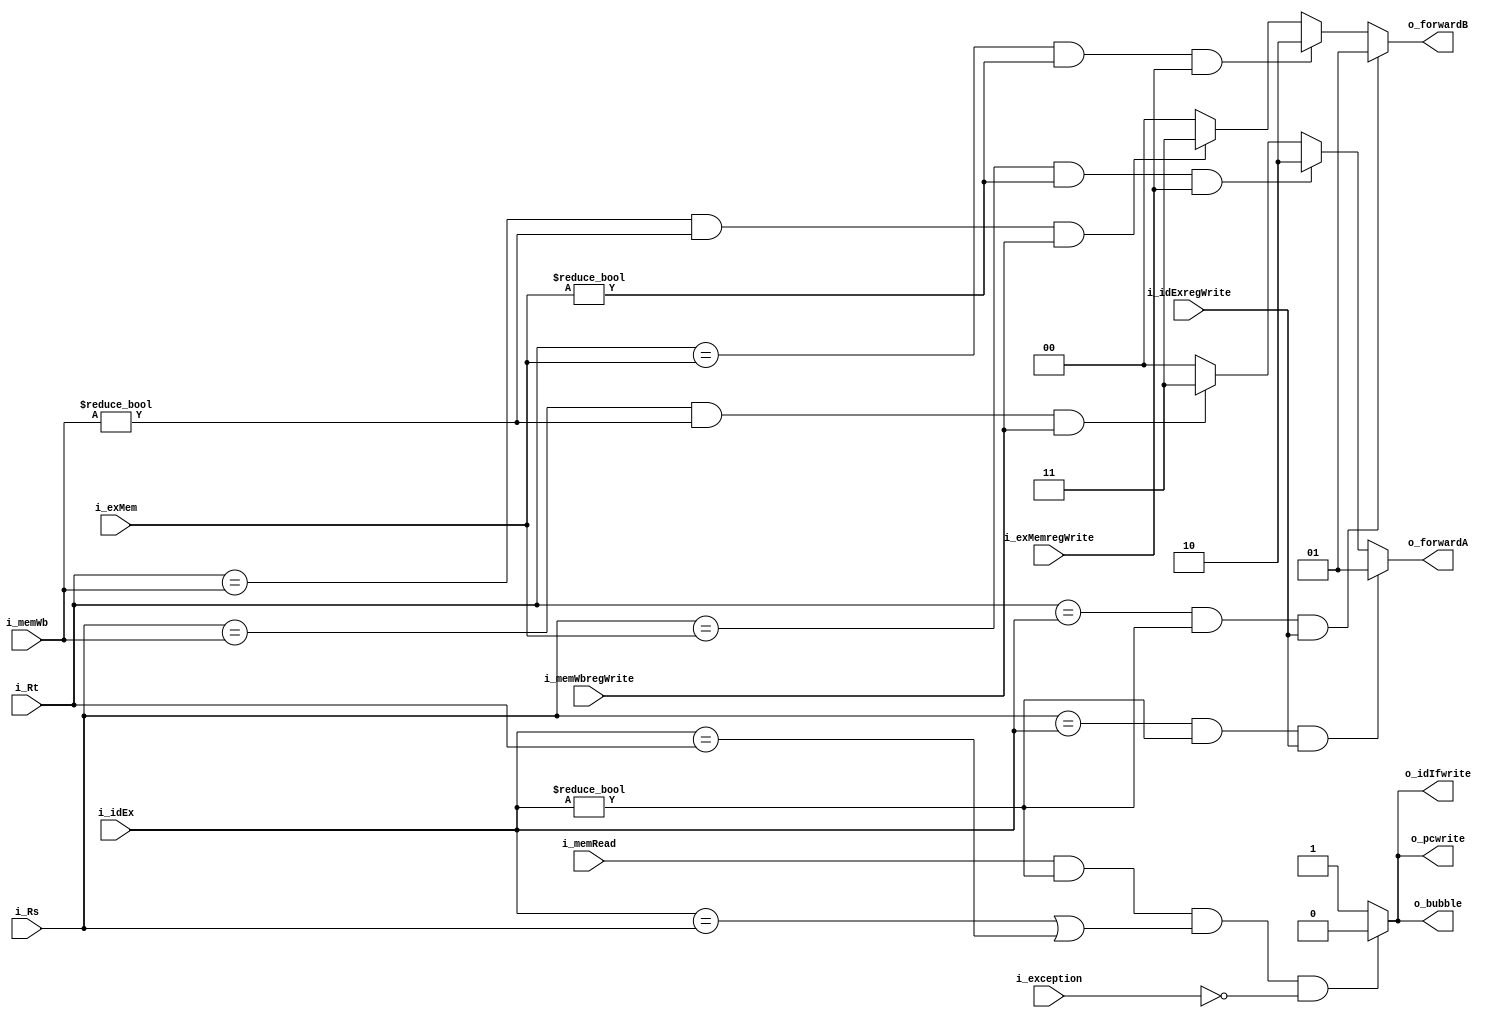
module hazard ( i_idEx, i_exMem,i_memWb, i_memRead, i_idExregWrite, i_exMemregWrite, 
                i_memWbregWrite, i_exception,
               i_Rs, i_Rt, o_forwardA, o_forwardB,
               o_bubble, o_pcwrite, o_idIfwrite);
  
  input       [4:0] i_idEx;
  input       [4:0] i_exMem;
  input       [4:0] i_memWb;
  input             i_memRead;
  input             i_idExregWrite;
  input             i_exMemregWrite;
  input             i_memWbregWrite;
  input       [4:0] i_Rs;
  input       [4:0] i_Rt;
  input             i_exception;
  
  output reg  [1:0] o_forwardA;
  output reg  [1:0] o_forwardB;
  output reg        o_bubble;
  output reg        o_pcwrite;
  output reg        o_idIfwrite;
  
  /*assign o_forwardA = ((i_Rs==i_idEx)&(i_idEx!=0)&i_idExregWrite)?(2'b01):
                      (((i_Rs==i_exMem)&(i_exMem!=0)&i_exMemregWrite)?(2'b10):
                      (((i_Rs==i_memWb)&(i_memWb!=0)&i_memWbregWrite))?(2'b11):(2'b00));*/
  
  always @(*)
    begin 
      // forwarding
      if((i_Rs==i_idEx)&(i_idEx!=0)&i_idExregWrite)
        o_forwardA <= 2'b01;
      else if((i_Rs==i_exMem)&(i_exMem!=0)&i_exMemregWrite)
        o_forwardA <= 2'b10;
      else if((i_Rs==i_memWb)&(i_memWb!=0)&i_memWbregWrite)
        o_forwardA <= 2'b11;
      else 
        o_forwardA <= 2'b00;
        
      if((i_Rt==i_idEx)&(i_idEx!=0)&i_idExregWrite)
        o_forwardB <= 2'b01;
      else if((i_Rt==i_exMem)&(i_exMem!=0)&i_exMemregWrite)
        o_forwardB <= 2'b10;
      else if((i_Rt==i_memWb)&(i_memWb!=0)&i_memWbregWrite)
        o_forwardB <= 2'b11;
      else
        o_forwardB <= 2'b00;
        
      //pipeline stall
      if ((i_memRead==1)&(i_idEx!=0)&((i_idEx==i_Rs)|(i_idEx==i_Rt)) & !i_exception)
        begin
          o_bubble    <= 1'b0;
          o_pcwrite   <= 1'b0;
          o_idIfwrite <= 1'b0;
        end
      else
        begin
          o_bubble    <= 1'b1;
          o_pcwrite   <= 1'b1;
          o_idIfwrite <= 1'b1;
        end
    end

endmodule